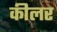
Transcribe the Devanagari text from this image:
कीलर